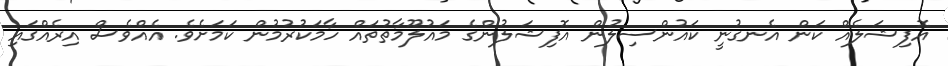
އޮފިޝަލެއް ކަން އެނގުނީ ކައުންސިލުން އޮފިޝަލުންގެ މައުލޫމާތުތައް ހާމަކުރުމުން ކަމަށެވެ. އެއްވެސް އިރެއްގައި